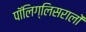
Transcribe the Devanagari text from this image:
पॉलिग्लिसरालों